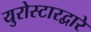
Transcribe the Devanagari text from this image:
युरोस्टारद्वारे